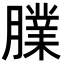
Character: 𦡧